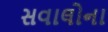
સવાલોના